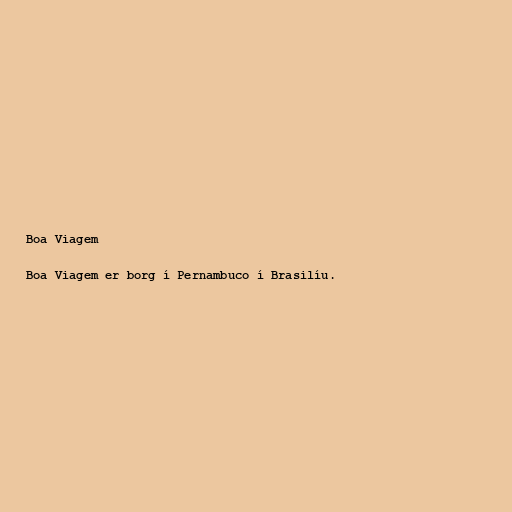
Boa Viagem

Boa Viagem er borg í Pernambuco í Brasilíu.